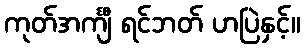
ကုတ်အင်္ကျီ ရင်ဘတ် ဟပြဲနှင့်။